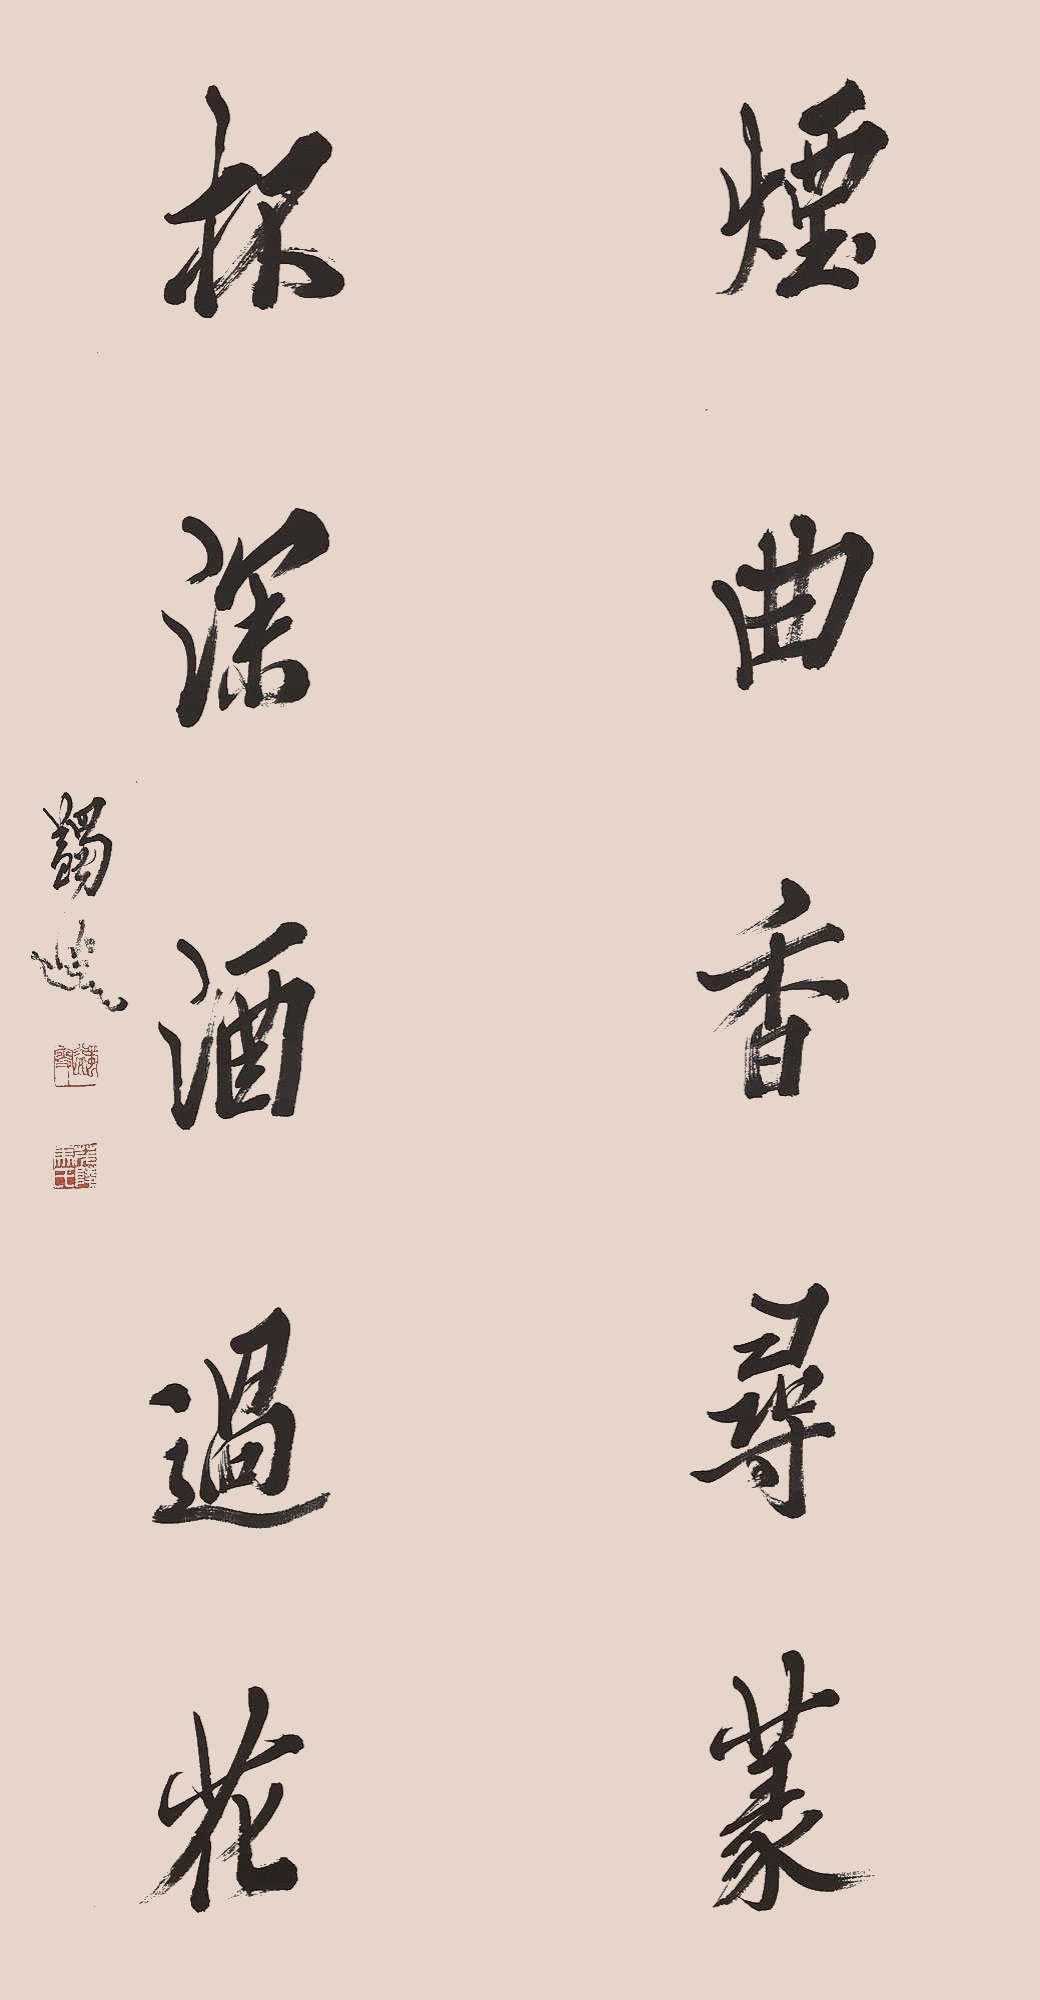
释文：烟曲香寻篆，杯深酒过花。蠲叟